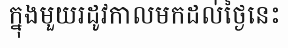
ក្នុងមួយរដូវកាលមកដល់ថ្ងៃនេះ